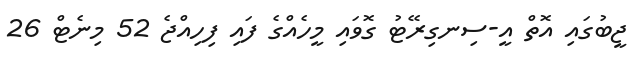
ޖީބުގައި އޮތް އީ-ސިނގިރޭޓު ގޮވައި މީހެއްގެ ފައި ފިހިއްޖެ 52 މިނެޓް 26